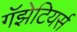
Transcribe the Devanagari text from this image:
गॅझेटियर्स